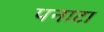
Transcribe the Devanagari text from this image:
पनाटा